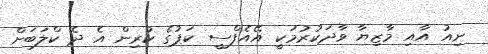
ނިއު އާއި މާޒިޔާ ވާދަކުރުމަކީ އޭއެފްސީ ކަޕުގެ ކުރިން އެ ދެ ކްލަބަށް